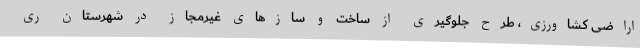
اراضی کشاورزی، طرح جلوگیری از ساخت و سازهای غیرمجاز در شهرستان ری